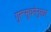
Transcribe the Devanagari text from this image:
गुरूसूचनेनुसार